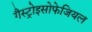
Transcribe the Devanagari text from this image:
गैस्ट्रोइसोफेजियल